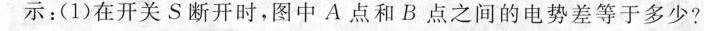
示：(1)在开关S断开时，图中A点和B点之间的电势差等于多少?